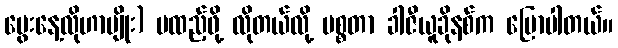
မွေးနေ့လိုဟာမျိုး) မထည့်ဖို့ လိုတယ်လို့ မစ္စတာ ခါဇီယူခိုနစ်က ပြောပါတယ်။